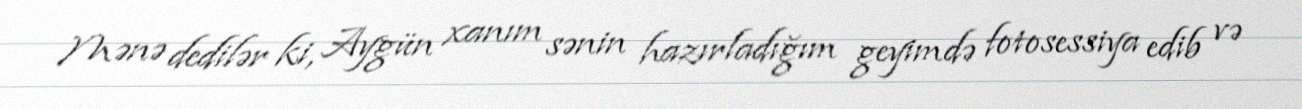
Mənə dedilər ki, Aygün xanım sənin hazırladığım geyimdə fotosessiya edib və